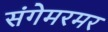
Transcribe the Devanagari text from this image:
संगेमरमर